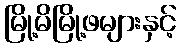
မြို့မိမြို့ဖများနှင့်